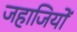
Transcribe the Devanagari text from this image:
जहाजियों